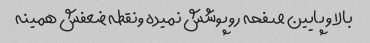
بالا و پایین صفحه رو پوشش نمیده ونقطه ضعفش همینه